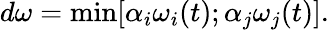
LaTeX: d\omega=\textrm{min}[\alpha_{i}\omega_{i}(t);\alpha_{j}\omega_{j}(t)].